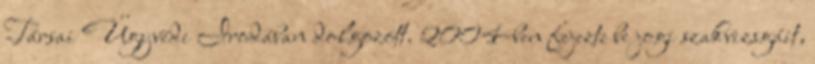
Társai Ügyvédi Irodában dolgozott. 2004-ben fejezte be jogi szakvizsgáit,